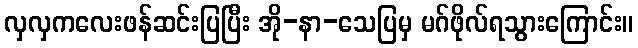
လှလှကလေးဖန်ဆင်းပြပြီး အို-နာ-သေပြမှ မဂ်ဖိုလ်ရသွားကြောင်း။